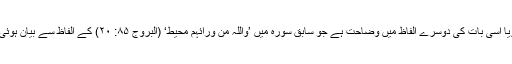
یہ گویا اسی بات کی دوسرے الفاظ میں وضاحت ہے جو سابق سورہ میں ’وَاللہُ مِنۡ وَرَآئِہِمۡ مُّحِیْطٌ‘ (البروج ۸۵: ۲۰) کے الفاظ سے بیان ہوئی ہے۔